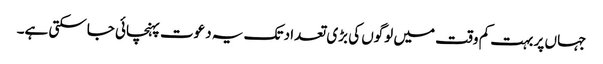
جہاں پر بہت کم وقت میں لوگوں کی بڑی تعداد تک یہ دعوت پہنچائی جاسکتی ہے۔